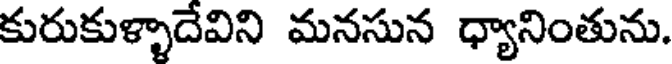
కురుకుళ్ళాదేవిని మనసున ధ్యానింతును.